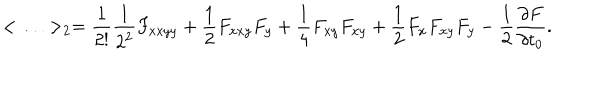
LaTeX: < \ldots > _ { 2 } = { \frac { 1 } { 2 ! } } { \frac { 1 } { 2 ^ { 2 } } } F _ { x x y y } + { \frac { 1 } { 2 } } F _ { x x y } F _ { y } + { \frac { 1 } { 4 } } F _ { x y } F _ { x y } + { \frac { 1 } { 2 } } F _ { x } F _ { x y } F _ { y } - { \frac { 1 } { 2 } } { \frac { \partial F } { \partial t _ { 0 } } } .